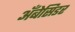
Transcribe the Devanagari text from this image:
अँबेसिडर